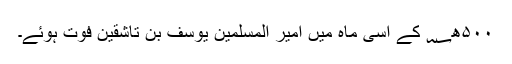
۵۰۰ھ؁ کے اسی ماہ میں امیر المسلمین یوسف بن تاشقین فوت ہوئے۔